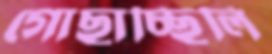
গোছাচ্ছিলি